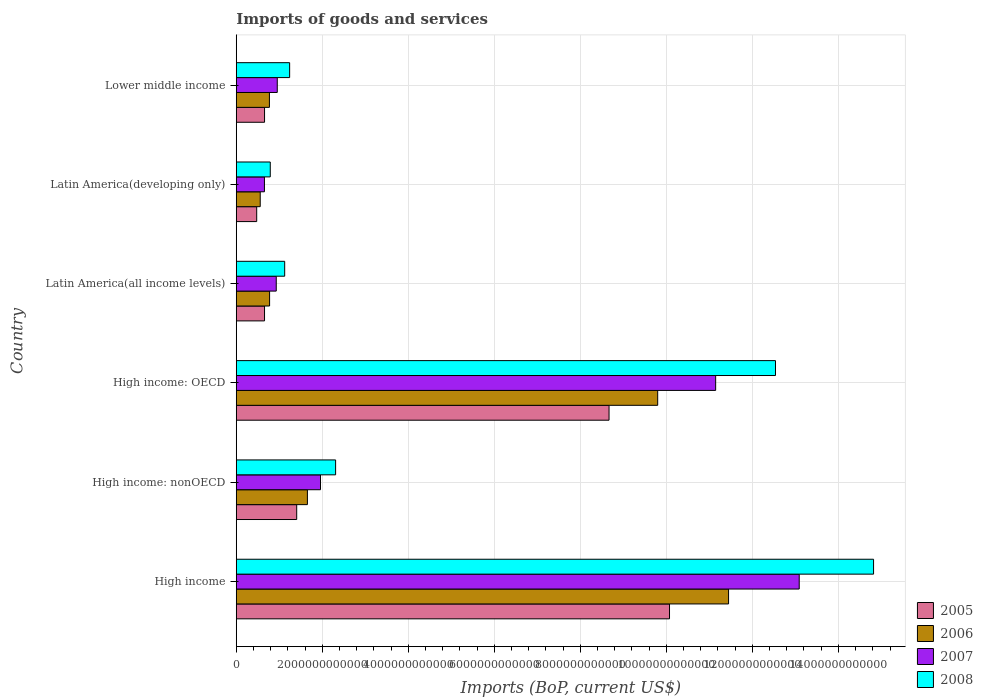
| Country | 2005 | 2006 | 2007 | 2008 |
 | --- | --- | --- | --- | --- |
 | High income | 1.01e+13 | 1.14e+13 | 1.31e+13 | 1.48e+13 |
 | High income: nonOECD | 1.41e+12 | 1.65e+12 | 1.96e+12 | 2.31e+12 |
 | High income: OECD | 8.67e+12 | 9.8e+12 | 1.11e+13 | 1.25e+13 |
 | Latin America(all income levels) | 6.57e+11 | 7.75e+11 | 9.3e+11 | 1.13e+12 |
 | Latin America(developing only) | 4.75e+11 | 5.57e+11 | 6.55e+11 | 7.91e+11 |
 | Lower middle income | 6.58e+11 | 7.71e+11 | 9.53e+11 | 1.24e+12 |